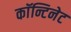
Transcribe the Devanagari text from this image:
काॅन्टिनेट